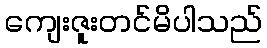
ကျေးဇူးတင်မိပါသည်